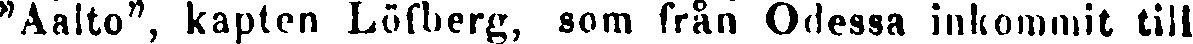
"Aalto", kapten Löfberg, som från Odessa inkommit till